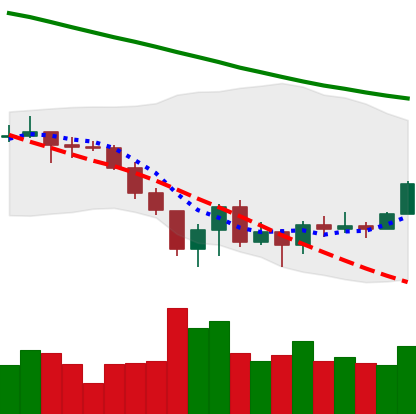
Ticker: XLM-USD
Chart end date: 2022-06-24
Forward return: -14.106%
Label: down_7plus